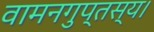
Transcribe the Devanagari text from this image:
वामनगुप्तस्य।